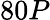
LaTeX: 80P